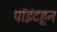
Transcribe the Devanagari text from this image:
पॉइंटहून